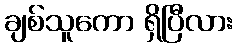
ချစ်သူကော ရှိပြီလား